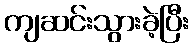
ကျဆင်းသွားခဲ့ပြီး